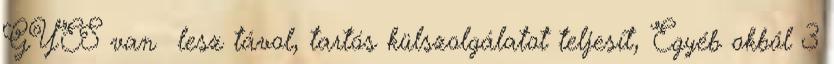
GYES van lesz távol, tartós külszolgálatot teljesít, Egyéb okból 3